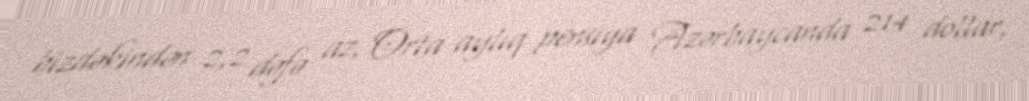
bizdəkindən 2,2 dəfə az, Orta aylıq pensiya Azərbaycanda 214 dollar,